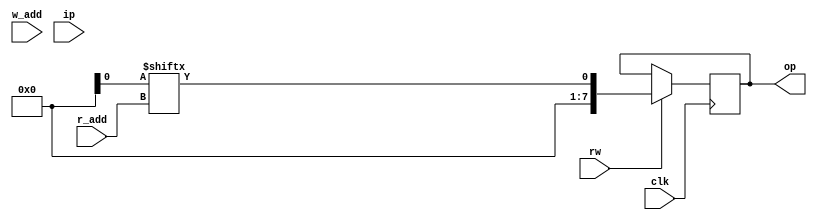
module register_bank(output reg [7:0]op,
                    input [1:0]r_add,
                    input [1:0]w_add,
                    input rw,
                    input [7:0]ip,
                    input clk);

reg [7:0]registers[3:0];
always @(negedge clk)begin
    if(!rw)begin
        register[w_add]=ip;
    end
    else begin
        op = register[r_add];
    end
end
endmodule